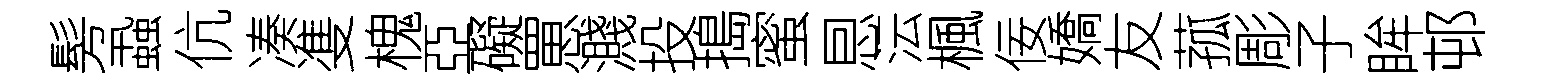
髣蝨伉凑㕠槐亞礙罳濺投搗蜜㤙沄楓佞嬌友菰彫子眸邨